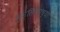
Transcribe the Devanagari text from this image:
मुन्सिफाच्या